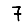
Digit: 7